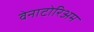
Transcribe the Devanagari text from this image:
वेनाटोरिअम